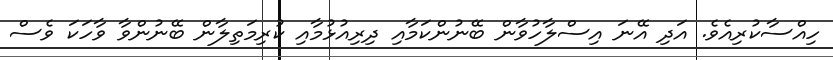
ހިއްސާކުރިއެވެ. އަދި އޭނަ އިސްލާހުވާން ބޭނުންކަމާއި ދިރިއުޅުމާއި ކުރިމަތިލާން ބޭނުންވާ ވާހަކަ ވެސް